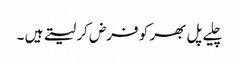
چلیے پل بھر کو فرض کر لیتے ہیں ۔